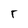
Character: r